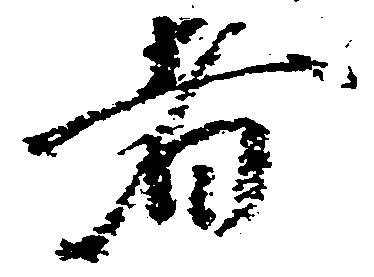
者